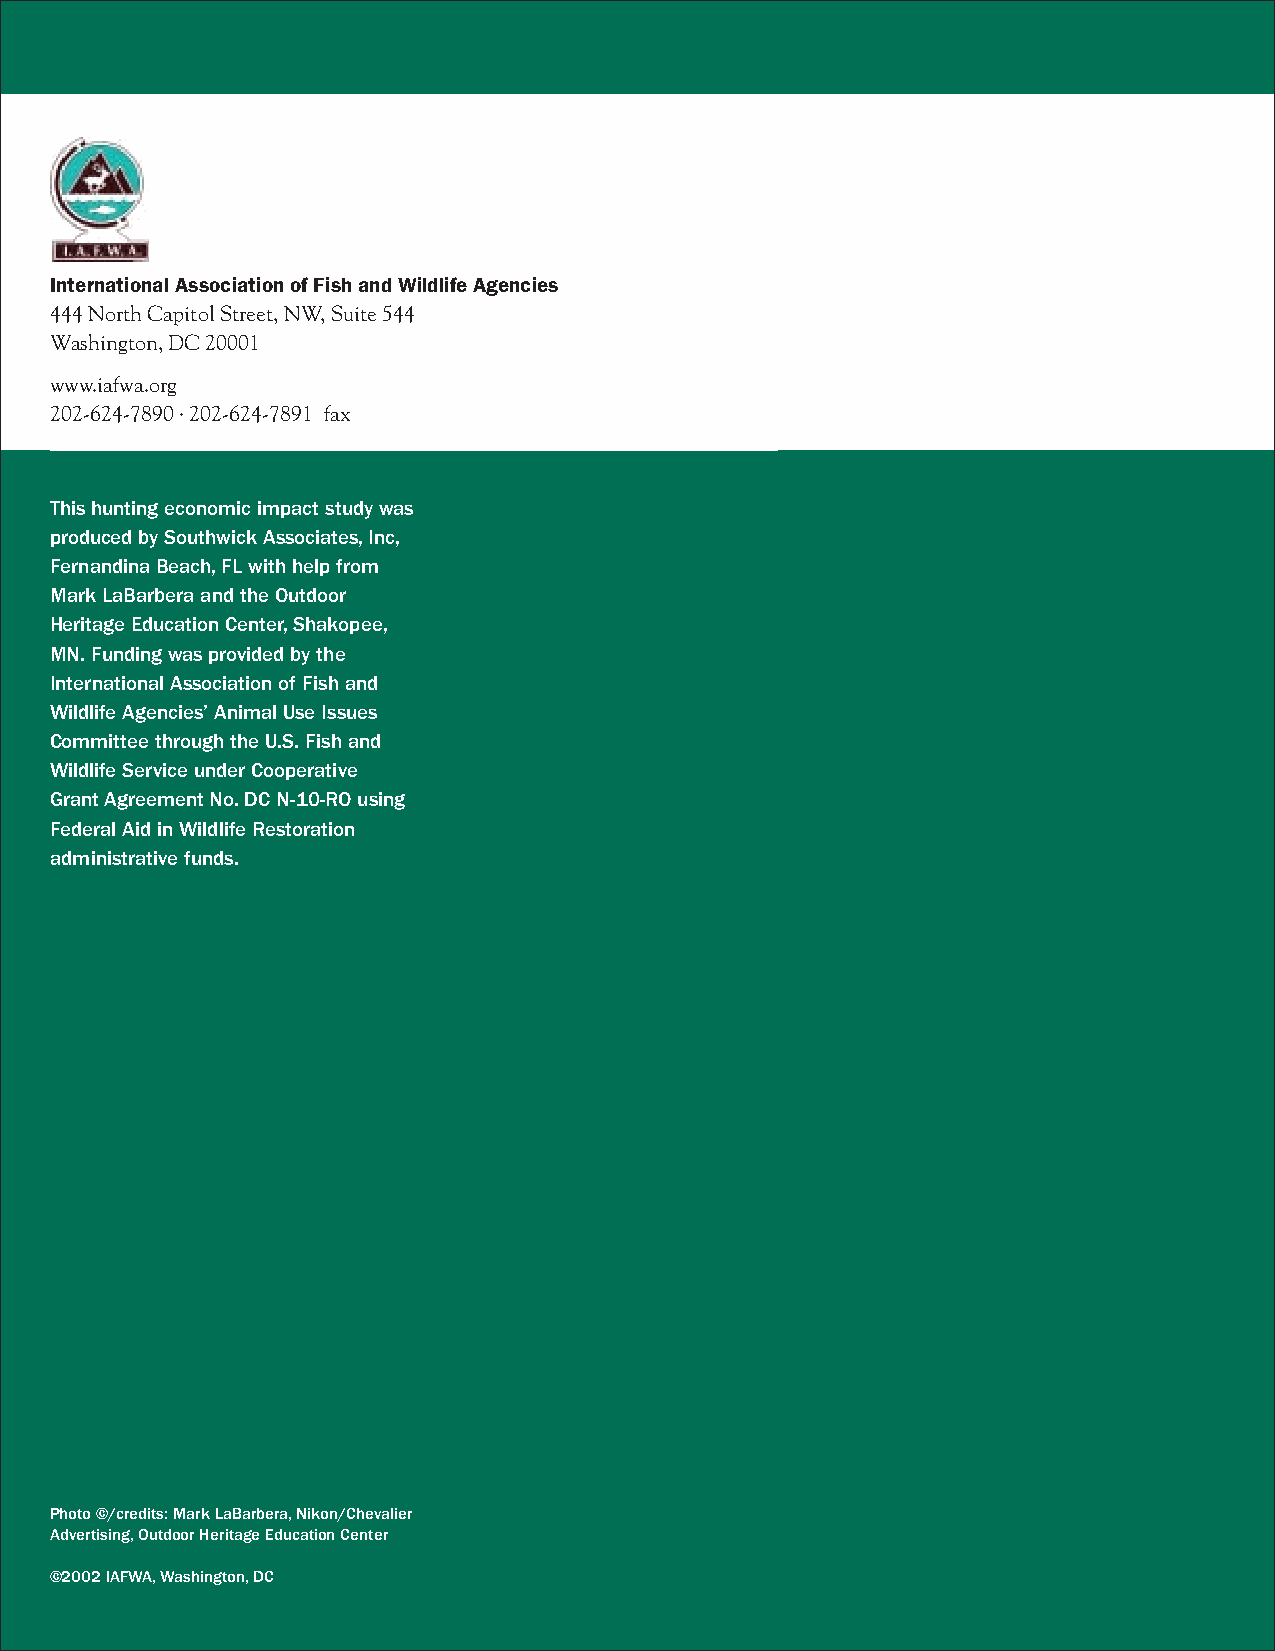
International Association of Fish and Wildlife Agencies
 444 North Capitol Street, NW, Suite 544
 Washington, DC 20001
 www.iafwa.org
 202-624-7890 · 202-624-7891 fax
 This hunting economic impact study was
 produced by Southwick Associates,Inc,
 Fernandina Beach,FL with help from
 Mark LaBarbera and the Outdoor
 Heritage Education Center,Shakopee,
 MN. Funding was provided by the
 International Association of Fish and
 Wildlife Agencies’ Animal Use Issues
 Committee through the U.S. Fish and
 Wildlife Service under Cooperative
 Grant Agreement No. DC N-10-RO using
 Federal Aid in Wildlife Restoration
 administrative funds.
 Photo ©/credits: Mark LaBarbera,Nikon/Chevalier
 Advertising,Outdoor Heritage Education Center
 ©2002 IAFWA,Washington,DC